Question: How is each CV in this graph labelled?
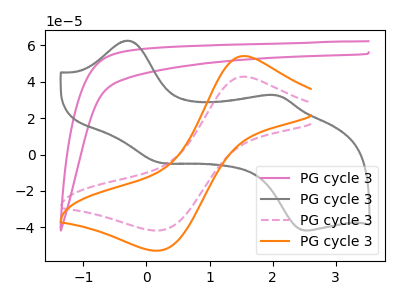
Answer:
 <answer>The pink curve is labeled "PG cycle 31". The gray curve is labeled "PG cycle 32". The pink dashed curve is labeled "PG cycle 33". The orange curve is labeled "PG cycle 34".</answer>
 <eval></eval>